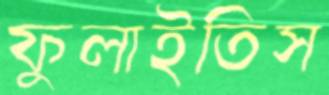
ফুলাইতিস